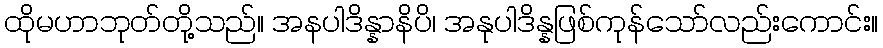
ထိုမဟာဘုတ်တို့သည်။ အနပါဒိန္နာနိပိ၊ အနုပါဒိန္နဖြစ်ကုန်သော်လည်းကောင်း။